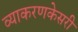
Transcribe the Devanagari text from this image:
व्याकरणकेसरी